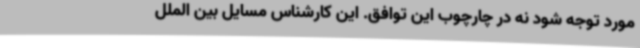
مورد توجه شود نه در چارچوب این توافق. این کارشناس مسایل بین الملل